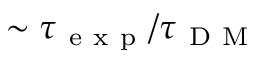
\sim \tau _ { \mathrm { ~ e ~ x ~ p ~ } } / \tau _ { \mathrm { ~ D ~ M ~ } }